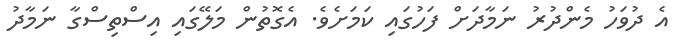
އެ ދުވަހު މެންދުރު ނަމާދަށް ފަހުގައި ކަމަށެވެ. އެގޮތުން މަލޭގައި އިސްތިސްގާ ނަމާދު